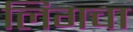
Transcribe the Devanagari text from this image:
लिगचा